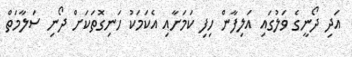
އަދި ދޯނީގެ ވަލުގައި އަލިފާން ހިފި ކަމަށާއި އެކަމަކު ހަނިގޮތަކަށް ދޯނި ސަލާމަތް